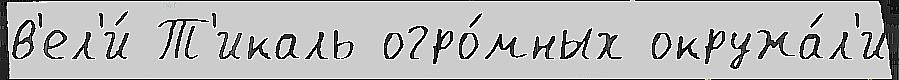
в'ел'и́ Т'икаль огро́мных окружа́л'и